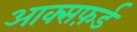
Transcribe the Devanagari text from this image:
आक्सफ़र्ड